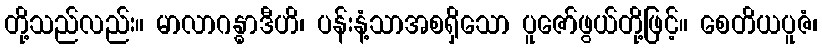
တို့သည်လည်း။ မာလာဂန္ဓာဒီဟိ၊ ပန်းနံ့သာအစရှိသော ပူဇော်ဖွယ်တို့ဖြင့်။ စေတိယပူဇံ၊